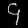
Digit: ၄